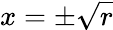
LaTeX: x=\pm{\sqrt{r}}